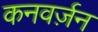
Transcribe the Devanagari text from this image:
कनवर्ज़न